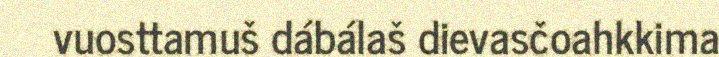
vuosttamuš dábálaš dievasčoahkkima